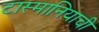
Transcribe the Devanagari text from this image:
टास्मानियाची